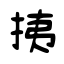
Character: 挗